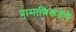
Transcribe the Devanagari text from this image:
प्रामाणिकतेचे